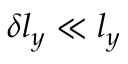
\delta l _ { y } \ll l _ { y }